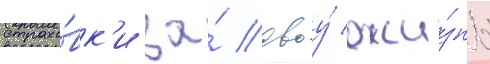
страхо́вк'и за́ своу́ жи́знь